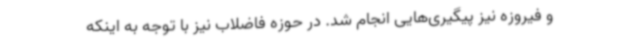
و فیروزه نیز پیگیری‌هایی انجام شد. در حوزه فاضلاب نیز با توجه به اینکه